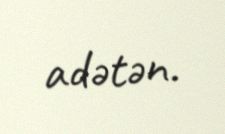
adətən.